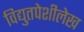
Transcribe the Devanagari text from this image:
विद्युतपेशीलेख